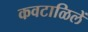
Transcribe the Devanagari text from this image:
कवटाळिलें